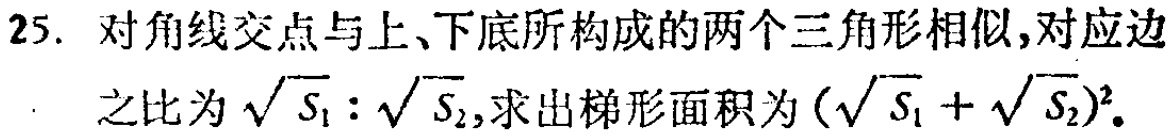
25. 对角线交点与上、下底所构成的两个三角形相似,对应边之比为$\sqrt{S_{1}}:\sqrt{S_{2}}$,求出梯形面积为$(\sqrt{S_{1}} + \sqrt{S_{2}})^2$.